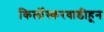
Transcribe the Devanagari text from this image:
किर्लोस्करवाडीहून